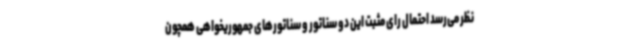
نظر می‌رسد احتمال رای مثبت این دو سناتور و سناتورهای جمهوریخواهی همچون